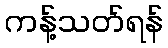
ကန့်သတ်ရန်